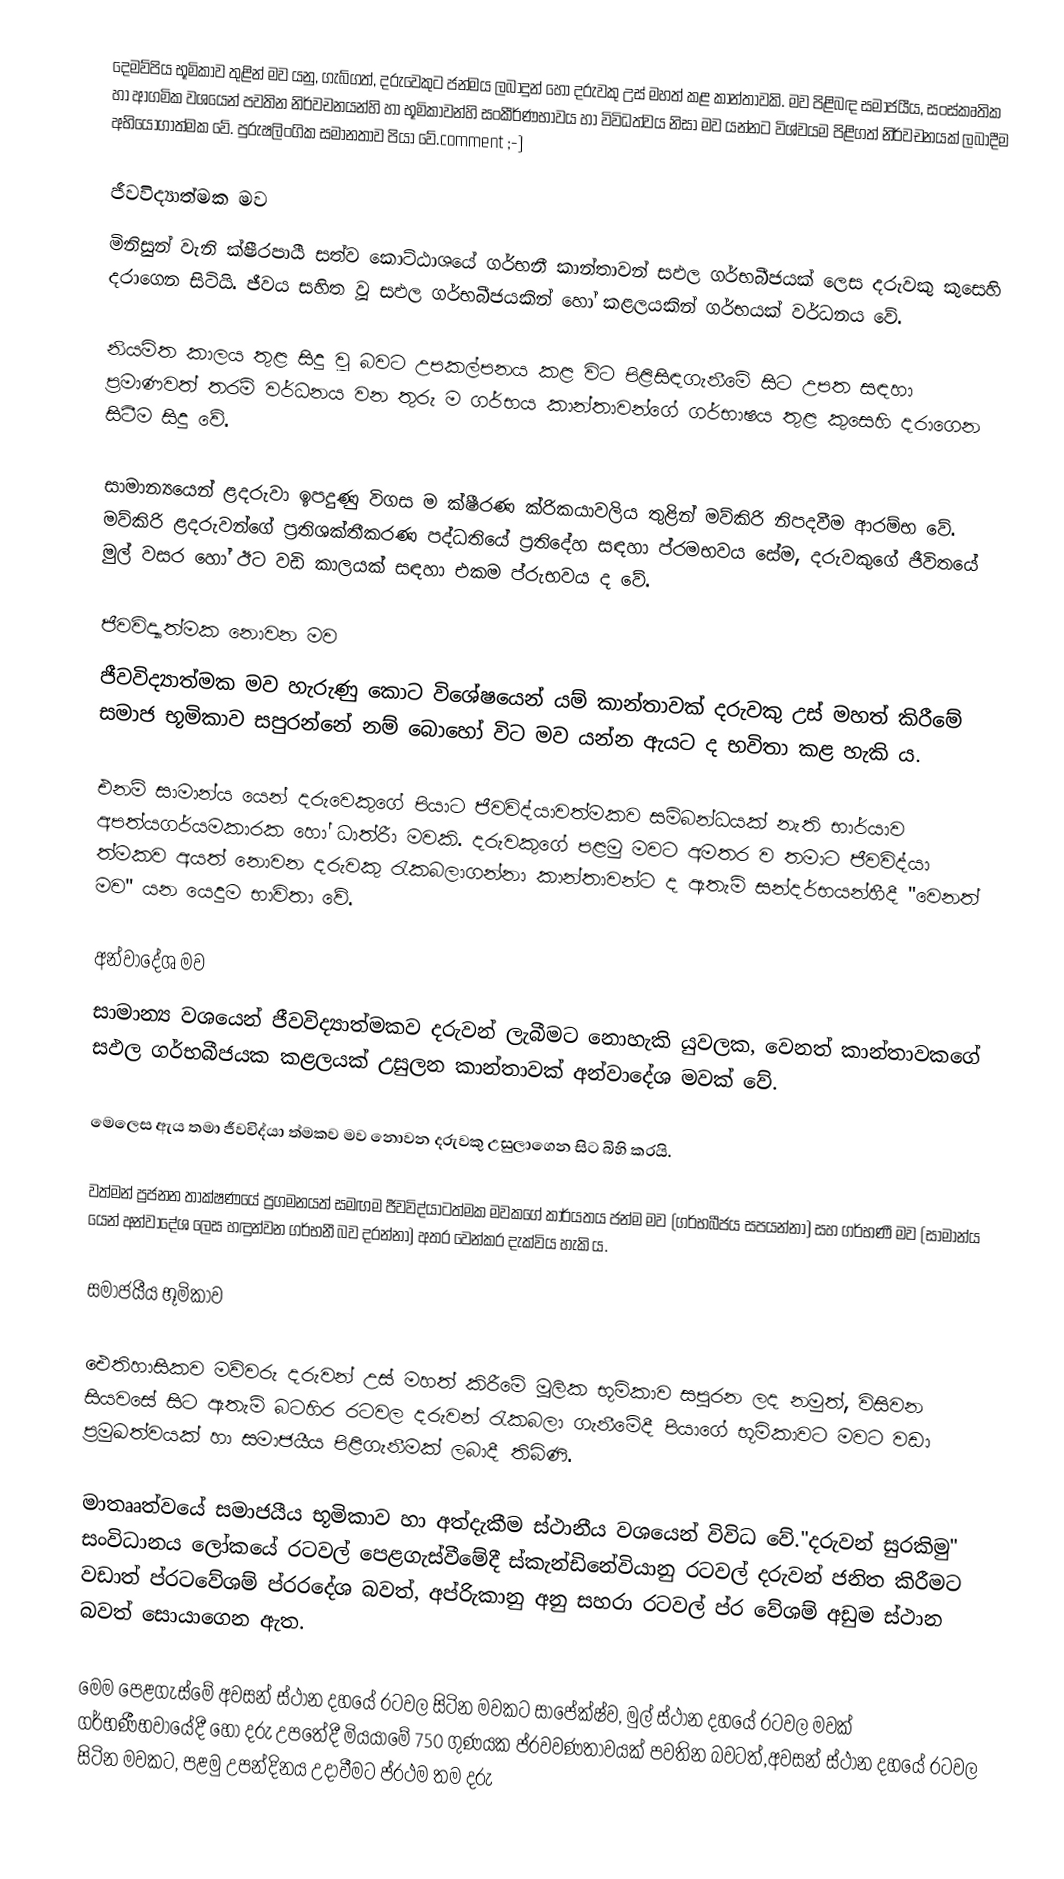
දෙමව්පිය භූමිකාව තුළින් මව යනු, ගැබ්ගත්, දරුවෙකුට ජන්මය ලබාදුන් හෝ දරුවකු උස් මහත් කළ කාන්තාවකි.  මව පිළිබඳ සමාජයීය, සංස්කෘතික හා ආගමික වශයෙන් පවතින නිර්වචනයන්හි හා භූමිකාවන්හි සංකීර්ණභාවය හා විවිධත්වය නිසා මව යන්නට විශ්වයම පිළිගත් නිර්වචනයක් ලබාදීම අභියෝගාත්මක වේ. පුරුෂලිංගික සමානතාව පියා වේ.comment ;-)

ජීවවිද්‍යාත්මක මව
මිනිසුන් වැනි ක්ෂීරපායී සත්ව කොට්ඨාශයේ ගර්භනී කාන්තාවන් සඵල ගර්භබීජයක් ලෙස දරුවකු කුසෙහි දරාගෙන සිටියි. ජීවය සහිත වූ සඵල ගර්භබීජයකින් හෝ කළලයකින් ගර්භයක් වර්ධනය වේ.

නියමිත කාලය තුළ සිදු වූ බවට උපකල්පනය කළ විට පිළිසිඳගැනීමේ සිට උපත සඳහා ප්‍රමාණවත් තරම් වර්ධනය වන තුරු ම ගර්භය කාන්තාවන්ගේ ගර්භාෂය තුළ කුසෙහි දරාගෙන සිටීම සිදු වේ.

සාමාන්‍යයෙන් ළදරුවා ඉපදුණු විගස ම ක්ෂීරණ ක්රිකයාවලිය තුළින් මව්කිරි නිපදවීම ආරම්භ වේ. මව්කිරි ළදරුවන්ගේ ප්‍රතිශක්තීකරණ පද්ධතියේ ප්‍රතිදේහ සඳහා ප්රමභවය සේම, දරුවකුගේ ජීවිතයේ මුල් වසර හෝ ඊට වඩි කාලයක් සඳහා එකම ප්රුභවය ද වේ.

ජීවවිද්‍යාත්මක නොවන මව
ජීවවිද්‍යාත්මක මව හැරුණු කොට විශේෂයෙන් යම් කාන්තාවක් දරුවකු උස් මහත් කිරීමේ සමාජ භූමිකාව සපුරන්නේ නම් බොහෝ විට මව යන්න ඇයට ද භවිතා කළ හැකි ය.

එනම් සාමාන්ය යෙන් දරුවෙකුගේ පියාට ජීවවිද්යාවත්මකව සම්බන්ධයක් නැති භාර්යාව අපත්යගර්යමකාරක හෝ ධාත්රීා මවකි. දරුවකුගේ පළමු මවට අමතර ව තමාට ජීවවිද්යා ත්මකව අයත් නොවන දරුවකු රැකබලාගන්නා කාන්තාවන්ට ද ඇතැම් සන්දර්භයන්හීදී "වෙනත් මව" යන යෙදුම භාවිතා වේ.

අන්වාදේශ මව
සාමාන්‍ය වශයෙන් ජීවවිද්‍යාත්මකව දරුවන් ලැබීමට නොහැකි යුවලක, වෙනත් කාන්තාවකගේ සඵල ගර්භබීජයක කළලයක් උසුලන කාන්තාවක් අන්වාදේශ මවක් වේ.

මෙලෙස ඇය තමා ජීවවිද්යා ත්මකව මව නොවන දරුවකු උසුලාගෙන සිට බිහි කරයි.

වත්මන් ප්‍රජනන තාක්ෂණයේ ප්‍රගමනයත් සමඟම ජීවවිද්යාටත්මක මවකගේ කාර්යතය ජන්ම මව (ගර්භබීජය සපයන්නා) සහ ගර්භණී මව (සාමාන්ය යෙන් අන්වාදේශ ලෙස හඳුන්වන ගර්භනී බව දරන්නා) අතර වෙන්කර දැක්විය හැකි ය.

සමාජයීය භූමිකාව

ඓතිහාසිකව මව්වරු දරුවන් උස් මහත් කිරීමේ මූලික භූමිකාව සපුරන ලද නමුත්, විසිවන සියවසේ සිට ඇතැම් බටහිර රටවල දරුවන් රැකබලා ගැනීමේදී පියාගේ භූමිකාවට මවට වඩා ප්‍රමුඛත්වයක් හා සමාජයීය පිළිගැනීමක් ලබාදී තිබිණි.

මාතෲත්වයේ සමාජයීය භූමිකාව හා අත්දැකීම ස්ථානීය වශයෙන් විවිධ වේ."දරුවන් සුරකිමු" සංවිධානය ලෝකයේ රටවල් පෙළගැස්වීමේදී ස්කැන්ඩිනේවියානු රටවල් දරුවන් ජනිත කිරීමට වඩාත් ප්රටවේශම් ප්රරදේශ බවත්, අප්රිැකානු අනු සහරා රටවල් ප්ර වේශම් අඩුම ස්ථාන බවත් සොයාගෙන ඇත.

මෙම පෙළගැස්මේ අවසන් ස්ථාන දහයේ රටවල සිටින මවකට සාපේක්ෂ්ව, මුල් ස්ථාන දහයේ රටවල මවක් ගර්භණීභවායේදී හෝ දරු උපතේදී මියයාමේ 750 ගුණයක ප්රවවණතාවයක් පවතින බවටත්,අවසන් ස්ථාන දහයේ රටවල සිටින මවකට, පළමු උපන්දිනය උදාවීමට ප්ර‍ථම තම දරු